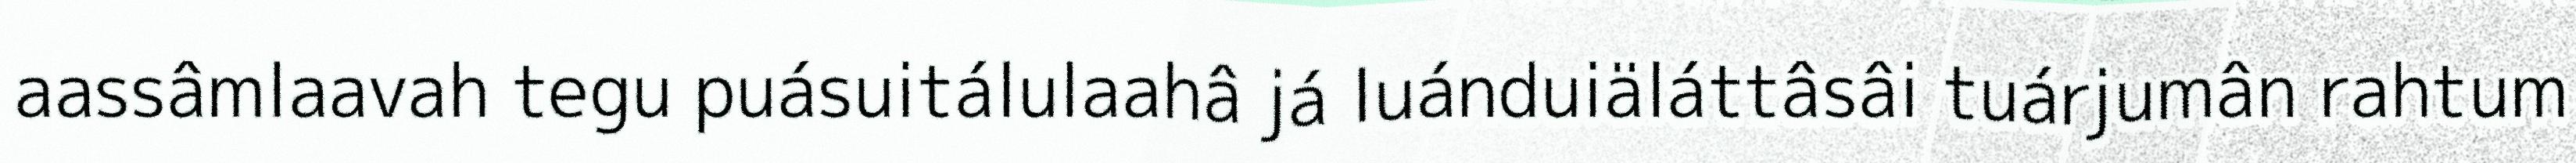
aassâmlaavah tegu puásuitálulaahâ já luánduiäláttâsâi tuárjumân rahtum